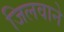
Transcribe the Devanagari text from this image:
जिलवाने